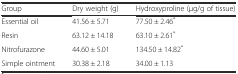
| Group | Dry weight (g) | Hydroxyproline (μg/g of tissue) |
 | --- | --- | --- |
 | Essential oil | 41.56 ± 5.71 | 77.50 ± 2.46* |
 | Resin | 63.12 ± 14.18 | 63.10 ± 2.61* |
 | Nitrofurazone | 44.60 ± 5.01 | 134.50 ± 14.82* |
 | Simple ointment | 30.38 ± 2.18 | 34.00 ± 1.13 |